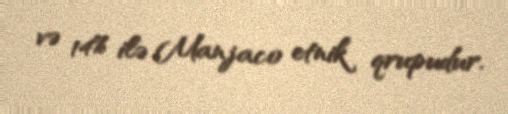
və 14% ilə Manjaco etnik qrupudur.